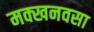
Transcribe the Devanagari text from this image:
मक्खनवसा